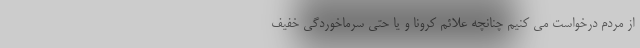
از مردم درخواست می کنیم چنانچه علائم کرونا و یا حتی سرماخوردگی خفیف